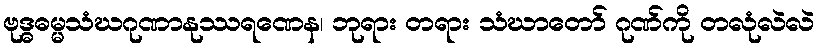
ဗုဒ္ဓဓမ္မသံဃဂုဏာနုဿရဏေန၊ ဘုရား တရား သံဃာတော် ဂုဏ်ကို တလုံလဲလဲ